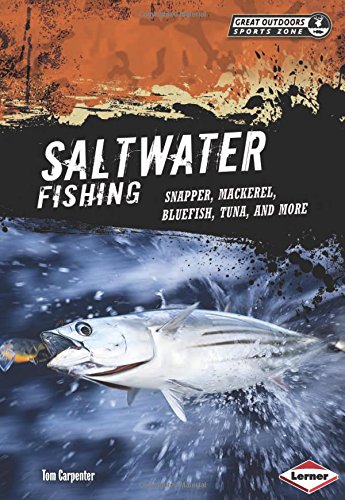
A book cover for Saltwater Fishing: Snapper, Mackerel, Bluefish, Tuna, and More (Great Outdoors Sports Zone); Tom Carpenter; Children's Books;